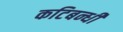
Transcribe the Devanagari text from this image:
कटिबन्धी